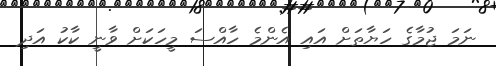
ނަމަ ޖުމާގެ ހަޔާތަށް އައި އެންމެ ހާއްސަ މީހަކަށް ވާނީ ކާކު އަދި